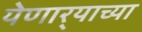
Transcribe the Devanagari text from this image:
येणार्‍याच्या